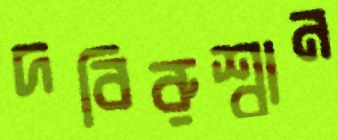
দবিরুশ্বান